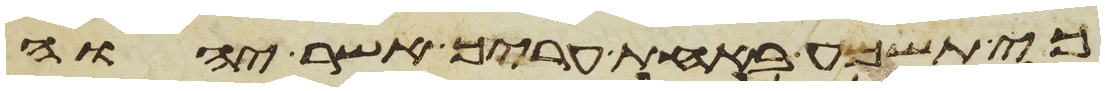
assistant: כי תשמע באחת עריך אשר יהוה